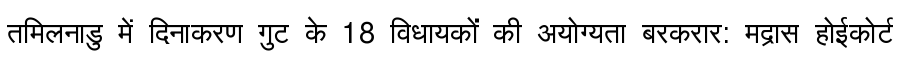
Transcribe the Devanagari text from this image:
तमिलनाडु में दिनाकरण गुट के 18 विधायकों की अयोग्यता बरकरार: मद्रास होईकोर्ट